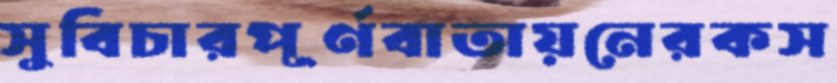
সুবিচারপূর্ণবাতায়নেরকস